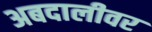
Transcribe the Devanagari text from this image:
अबदालीवर